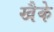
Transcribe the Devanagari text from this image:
खैके